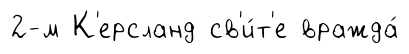
2-м К'ерсланд св'и́т'е вражда́